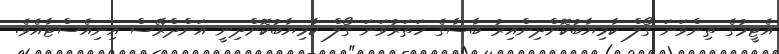
އެޓީމުގެ ތިންވަނަ ގޯލް ކާމިޔާބުކޮށްދިންއިރު ބާސާގެ ހަތަރުވަނަ ގޯލް ކާމިޔާބުކޮށްދިނީ އަންދްރޭސް އިނިއެސްޓާއެވެ.